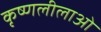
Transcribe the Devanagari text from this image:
कृष्णलीलाओं